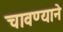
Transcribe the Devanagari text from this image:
चावण्याने